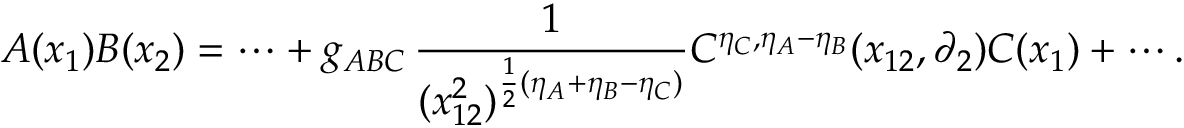
A ( x _ { 1 } ) B ( x _ { 2 } ) = \cdots + g _ { A B C } \, \frac { 1 } { ( x _ { 1 2 } ^ { 2 } ) ^ { \frac { 1 } { 2 } ( \eta _ { A } + \eta _ { B } - \eta _ { C } ) } } C ^ { \eta _ { C } , \eta _ { A } - \eta _ { B } } ( x _ { 1 2 } , \partial _ { 2 } ) C ( x _ { 1 } ) + \cdots { } .